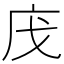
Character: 㡲